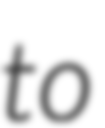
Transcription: to